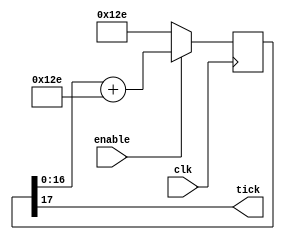
module RS232Baud(
	input clk,
	input enable,
	output tick
);
parameter ClkFrequency = 50000000;
parameter Baud = 115200;
parameter Oversampling = 1;
function integer log2(input integer v); begin log2=0; while(v>>log2) log2=log2+1; end endfunction
localparam AccWidth = log2(ClkFrequency/Baud)+8;  // +/- 2% max timing error over a byte
reg [AccWidth:0] Acc = 0;
localparam ShiftLimiter = log2(Baud*Oversampling >> (31-AccWidth));  // this makes sure Inc calculation doesn't overflow
localparam Inc = ((Baud*Oversampling << (AccWidth-ShiftLimiter))+(ClkFrequency>>(ShiftLimiter+1)))/(ClkFrequency>>ShiftLimiter);
always @(posedge clk) if(enable) Acc <= Acc[AccWidth-1:0] + Inc[AccWidth:0]; else Acc <= Inc[AccWidth:0];
assign tick = Acc[AccWidth];
endmodule